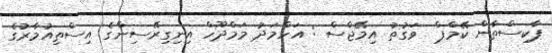
ޕާކިސްތާން ކޭމްޕް  ވަގުތު އިމޭޖްސް : އަހްމަދު މަމްދޫހް އިނިގިރޭސިންގެ އިސްތިއުމާރުގެ